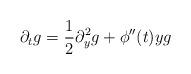
LaTeX: \begin{align*}\partial_t g=\frac{1}{2} \partial^2_{y} g +\phi''(t)yg\end{align*}